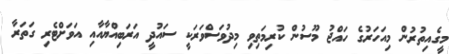
މީގެއިތުރުން މިއަހަރުގެ ހައްޖު މޫސުން ކުރިމަތިވި މިދުވަސްވަރަކީ ސައުދީ އަރަބިއްޔާއާއި އަވަށްޓެރި ގަތަރާ